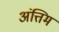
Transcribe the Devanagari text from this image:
अंत्तिम